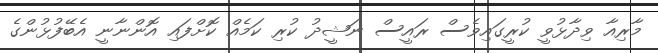
މާރިއާ ވިދާޅުވީ ކުރީގައިވެސް ރައީސް ނަޝީދު ކުރި ކަމެއް ކޮށްފައި އޮންނާނީ އެބޭފުޅުންގެ